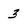
Character: 3